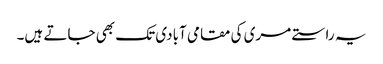
یہ راستے مری کی مقامی آبادی تک بھی جاتے ہیں۔